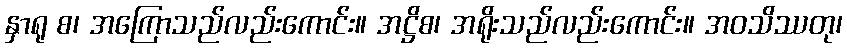
နှာရု စ၊ အကြောသည်လည်းကောင်း။ အဋ္ဌိစ၊ အရိုးသည်လည်းကောင်း။ အဝသိဿတု၊